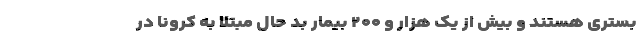
بستری هستند و بیش از یک هزار و ۲۰۰ بیمار بد حال مبتلا به کرونا در